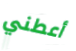
أعطني